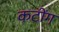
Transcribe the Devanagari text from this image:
कटींग